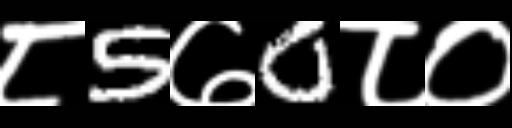
Text: ८5७0८०